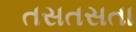
તસતસતા